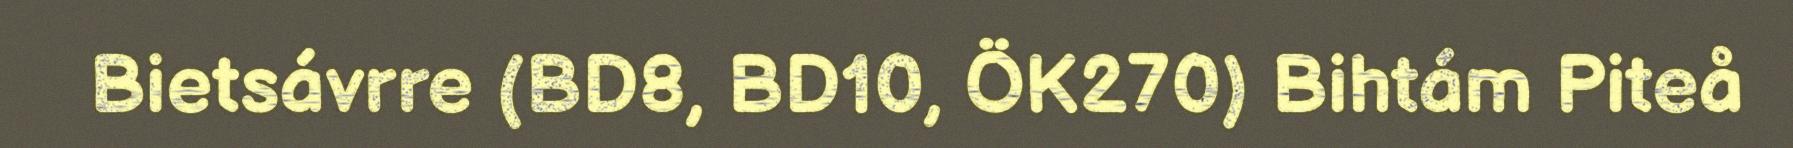
Bietsávrre (BD8, BD10, ÖK270) Bihtám Piteå